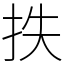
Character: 抶